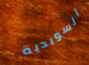
السويدية